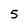
Character: 5